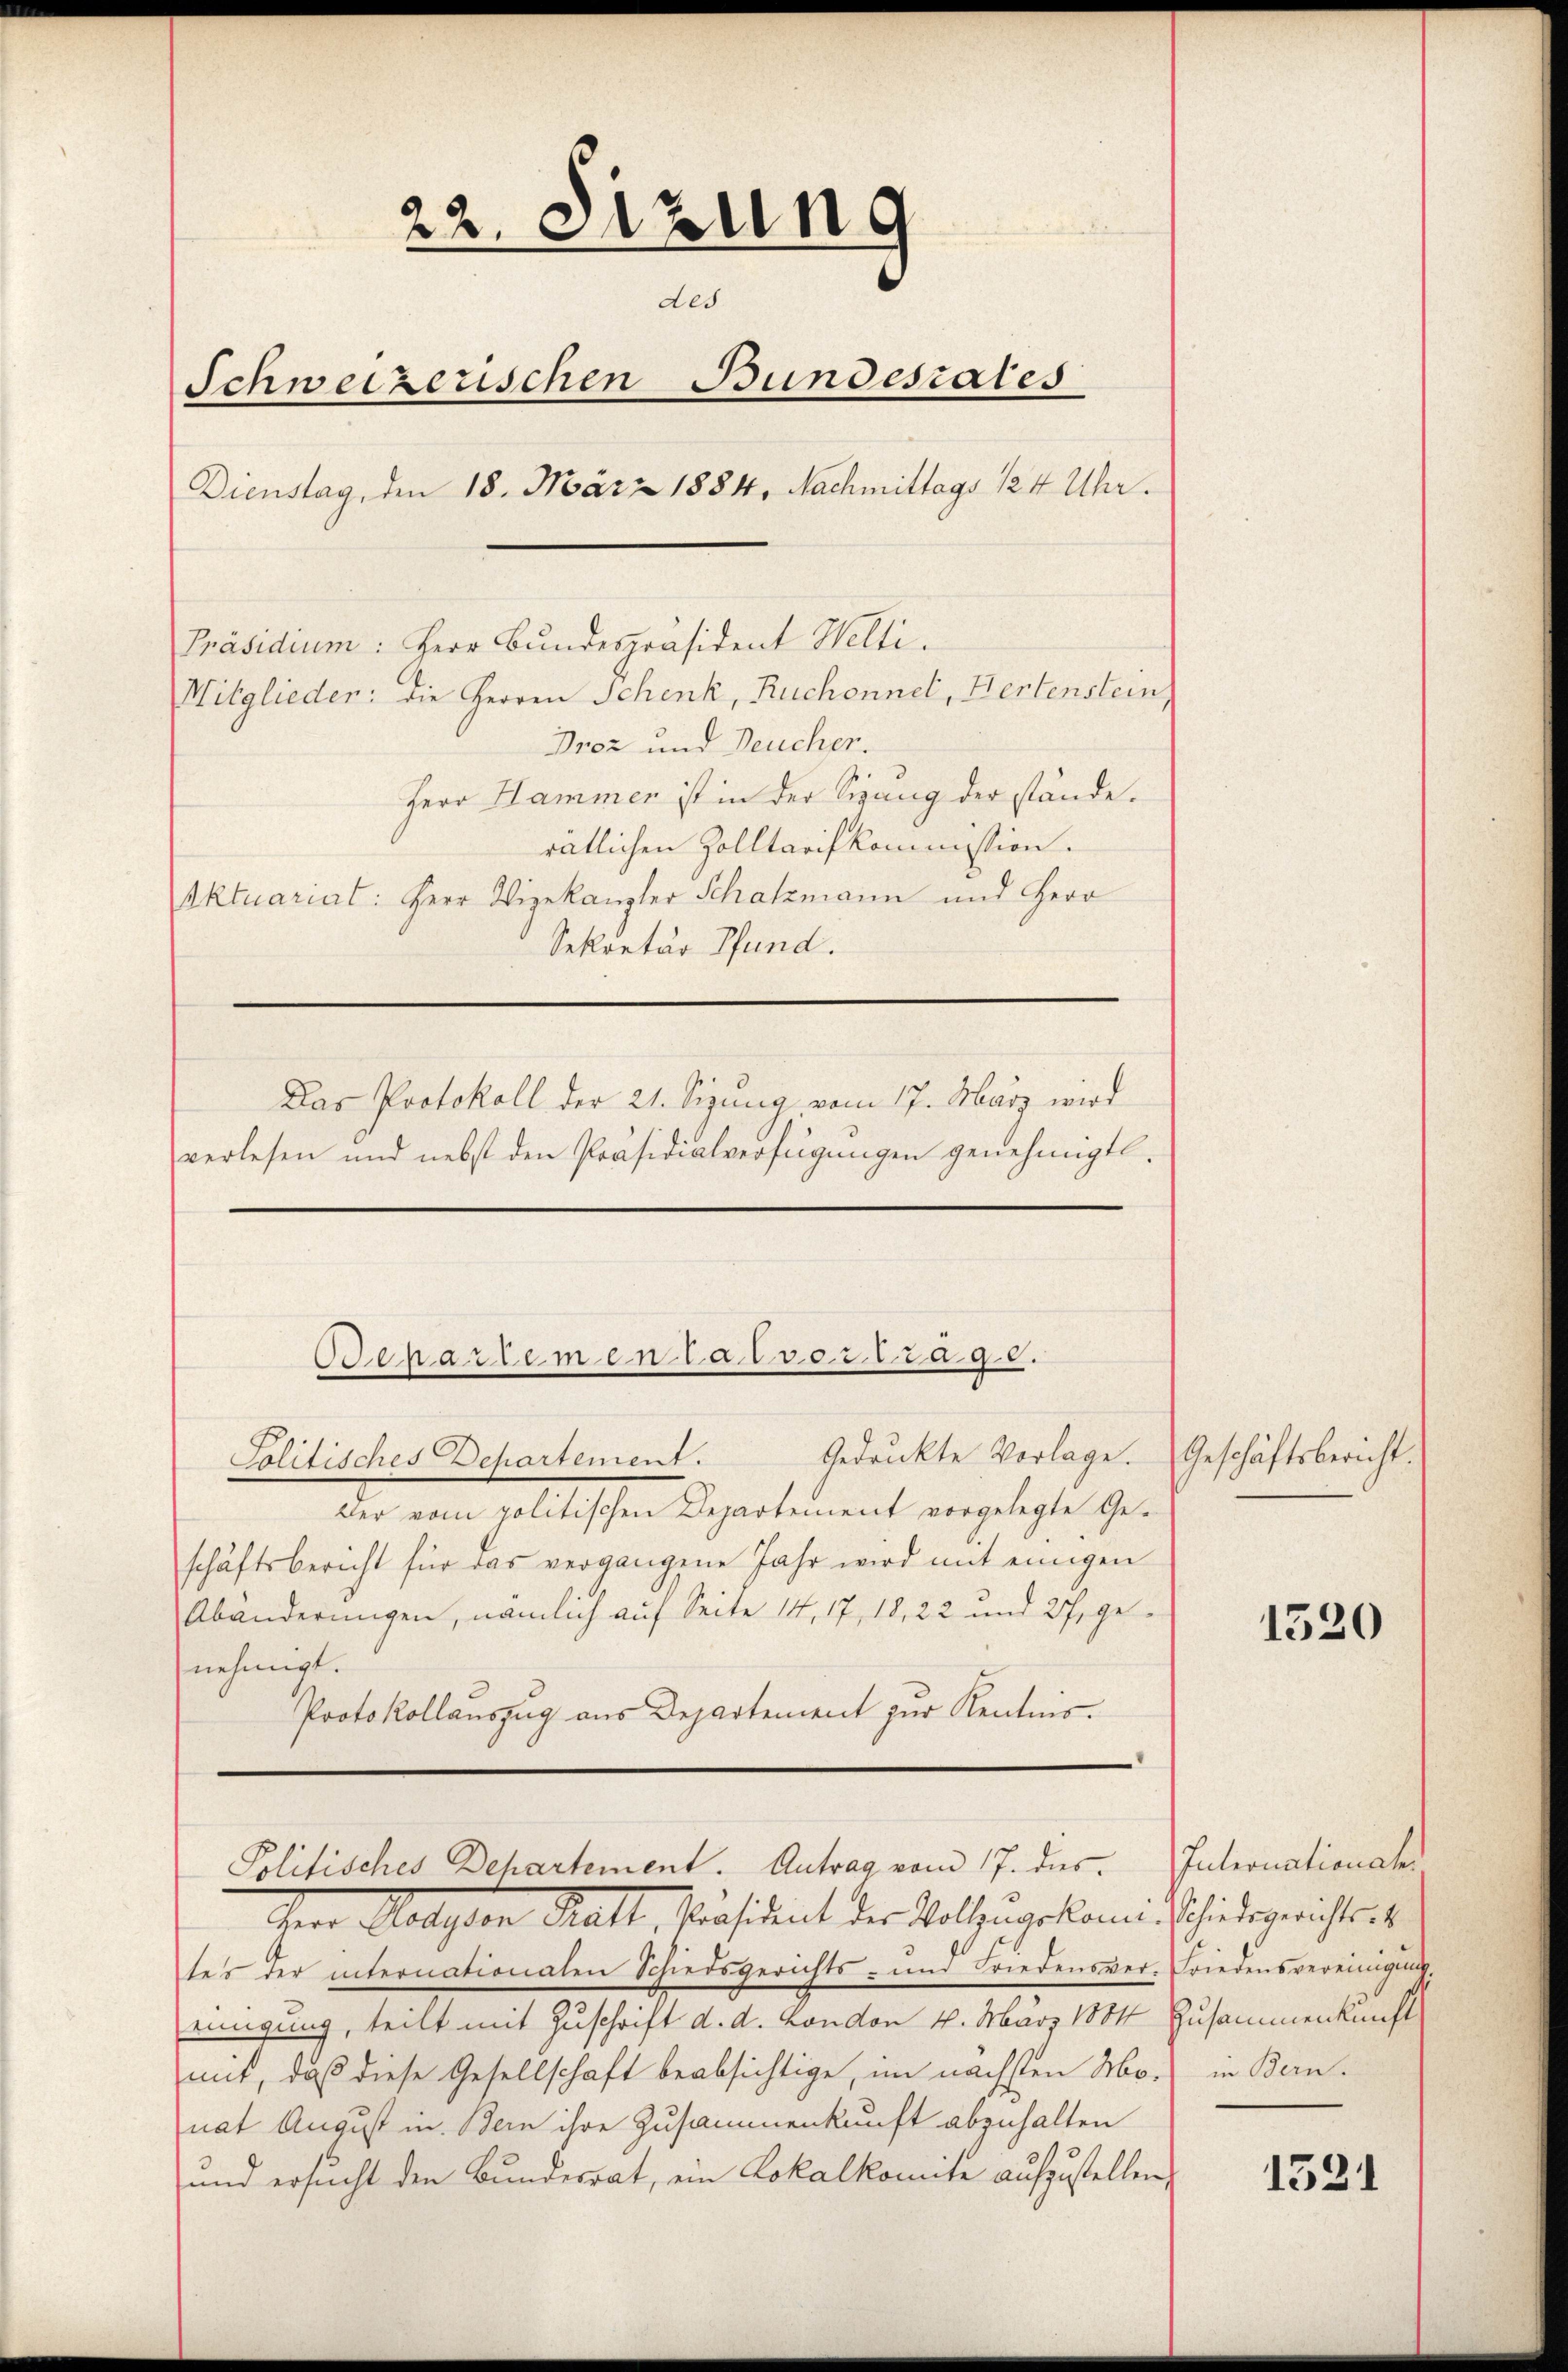
22. Setzung
des
Schweizerischen Bundesrates
Dienstag, den 18. März 1884, Nachmittags 124 Uhr.
Präsidium: Herr Bundespräsident Welti.
Mitglieder: die Herren Schenk, Ruchonnet, Hertenstein,
Droz und Deucher.
Herr Hammen ist in der Sigung der stände.
rätlichen Zolltarifkommstion.
Aktuariat: Herr Vizekanzler Schatzmann und Herr
Sekretär Pfund.
Das Protokoll der 21. Sizung vom 17. März wird
verlesen und nebst den Präsidialverfügungen genehmigt.

Gedankte Vorlage. Geschäftsbericht.
Politisches Behartement.
ber vom politischen Departement vorgelegte Geschäftsbericht für das vergangene Jahr wird mit einigen
Abänderungen, nämlich auf Seite 14, 17, 18, 22 und 27. genehmigt.
Protokollauszug aus Departement zur Kenntnis¬

Oehandenen lassertage.

Politisches Departement. Antrag vom 17. des Intronationsh

ichen Klassen Matt, Präsidient der Kothingeklamit Schiedsgericht is
tes der internationalen Schiedsgerichts- und Friedensver-Friedensvereinigŭng,
einigung, teilt mit Zuschrift d. d. London 4. März 1884 Zusammenkunft
mit, daß diese Gesellschaft beabsichtige, im nächsten Mo-
nat August in Bern ihre Zusammenkunft abzuhalten
und ersucht den Bundesrat, ein Lokalkomite aufzustellen,

1520

in Bern.

1531